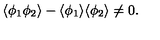
\langle \phi _ { 1 } \phi _ { 2 } \rangle - \langle \phi _ { 1 } \rangle \langle \phi _ { 2 } \rangle \neq 0 .